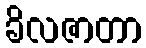
ခိလဇာတာ